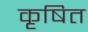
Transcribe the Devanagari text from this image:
कृषित